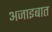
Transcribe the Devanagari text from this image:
अजाइबात